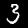
Digit: 3